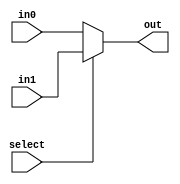
module mux_2(select, in0, in1, out);
	input select;
	input [1:0] in0, in1;
	output [1:0] out;
	assign out = select ? in1: in0;
endmodule